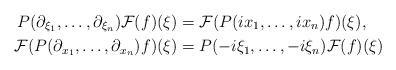
LaTeX: \begin{align*} P(\partial_{\xi_1},\ldots,\partial_{\xi_n})\mathcal{F}(f)(\xi) &=\mathcal{F}(P(i x_1,\ldots,i x_n)f)(\xi),\\ \mathcal{F}(P(\partial_{x_1},\ldots,\partial_{x_n})f)(\xi) &=P(-i \xi_1,\ldots,-i \xi_n)\mathcal{F}(f)(\xi) \end{align*}